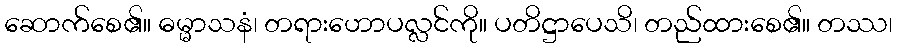
ဆောက်စေ၏။ ဓမ္မာသနံ၊ တရားဟောပလ္လင်ကို။ ပတိဋ္ဌာပေသိ၊ တည်ထားစေ၏။ တဿ၊